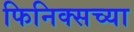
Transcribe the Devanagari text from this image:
फिनिक्सच्या